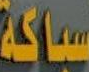
سباكة